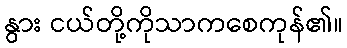
နွား ငယ်တို့ကိုသာကစေကုန်၏။